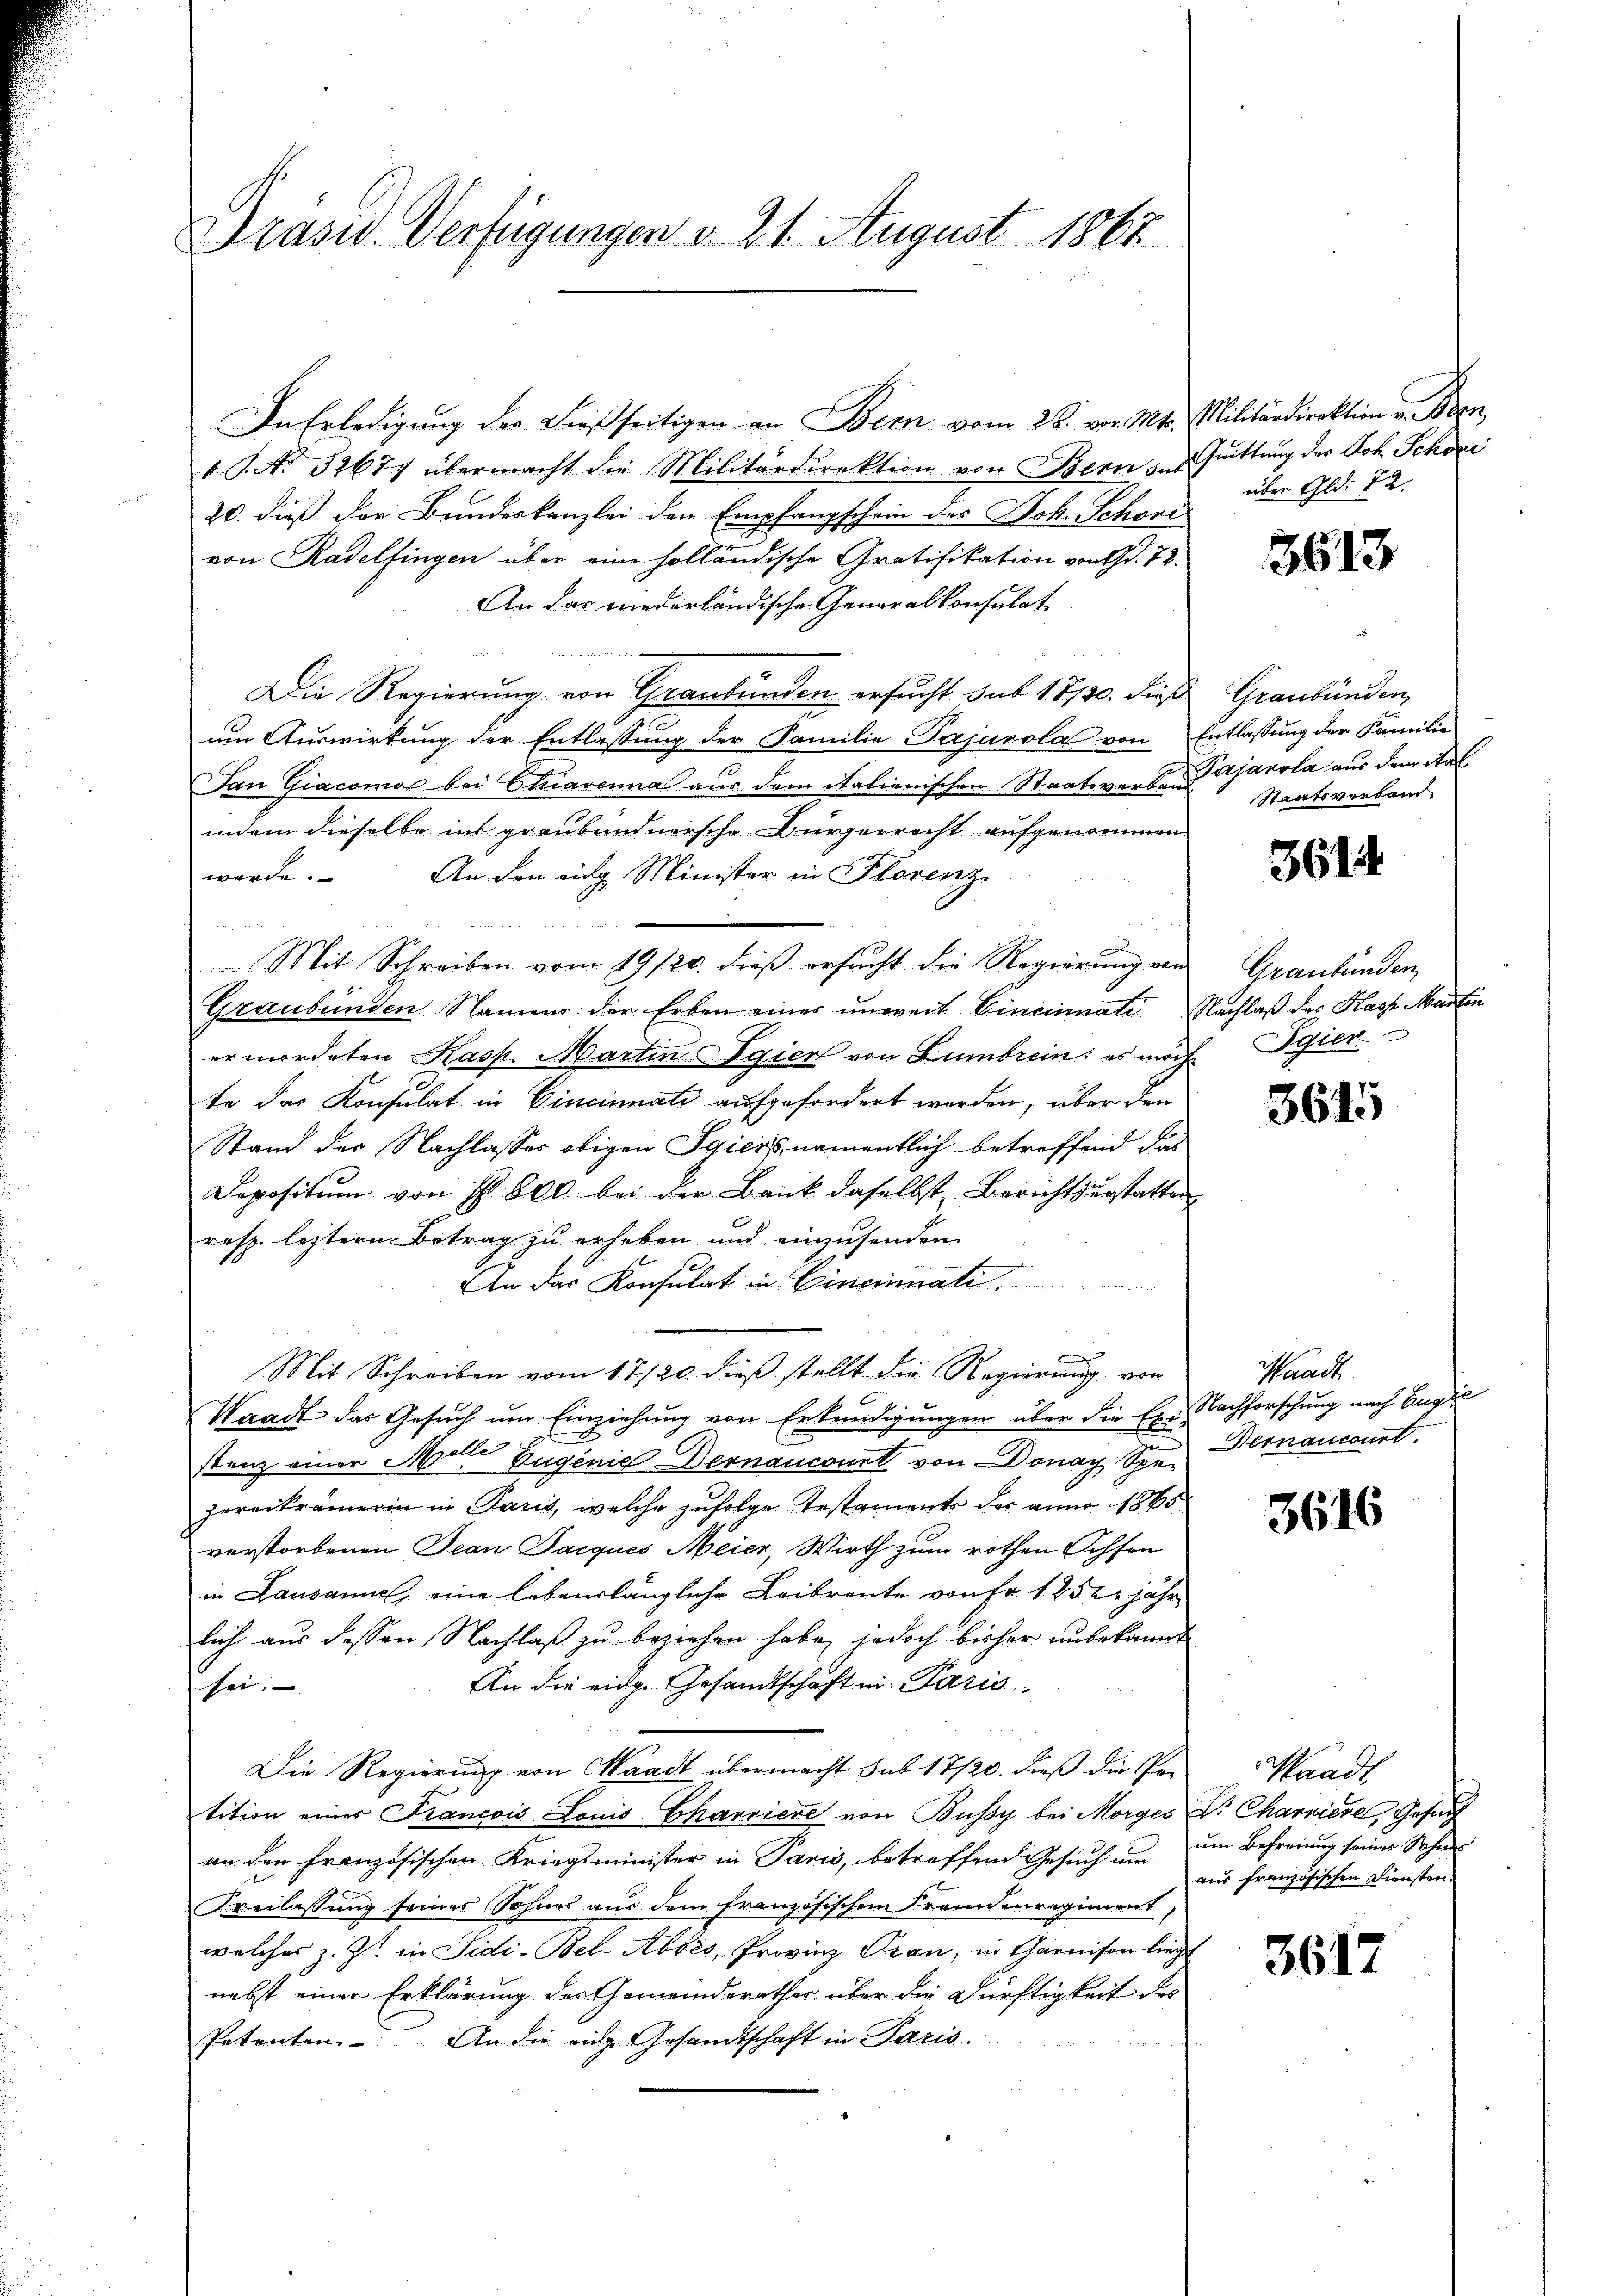
Präsid. Verfügungen v. 21. August 1867

In Erledigung der dießseitigen an Bern vom 28. vor. Mt. Militärdirektion u. Bern,
19. No. 32677 übermacht die Militärdirektion von Bern des Quittung der Joh. Schöne
20. dieß der Bundeskanzlei den Empfangschein des Joh. Schöni
von Radelfingen über eine holländische Gratifikation von d. 72.
An das niederländische Generalkonsulat
Die Regierung von Graubünden ersucht sub 18150. dieß
um Auswirkung der Entlassung der Familie Pajarola von
an Giacomor bei Chiavenna aus dem italienischen Staatsverband
indem dieselbe ins graubündnersche Bürgerrecht aufgenommen
werde. An den eing Minister in Florenz

Mit Schreiben vom 19/20. dieß ersucht die Regierung von
Graubünden Namens der Erben eines unweit Eineinnali Nachlaß der Kasp. Martin
ermordeten Kasp. Martin gier von Lumbrein: es nach Egier
te das Konsulat in Cincinnati aufgefordert werden, über den
Stand der Nachlasses obigen Sgiers, namentlich betreffend das
Depositum von Ist 800 bei der Bank daselbst Berichtserstatten
resp. leztern Betrag zu erheben und einzusenden
An das Konsulat in Cincinali

enen
e
Mit Schreiben vom 17/20. dieß stellt die Regierung von
Waadt das Gesuch um Einziehung von Erkundigungen über die Er. Nachforschung nach Engel
stanz einer Man Eugenie Dernancourt von Donay Spezureickrämerin in Paris, welche zufolge Testament der anno 1865
verstorbenen Jean Jacques Meier, Wirth zum rothen Ochsen
in Lausannel, eine lebenslängliche Leibrente von Fr. 1252 jährlich aus dessen Nachlaß zu beziehen habe, jedoch bisher unbekannt
An die eidg. Gesandtschaft in Paris
sei.

Die Regierung von Waadt übermacht sub 17/20. dieß die Pe-
tition eines Francois Louis Charriere von Bussy bei Morges Dr. Charviere, Gesuch
an den Französischen Kriegsminister in Paris, betreffend Gesuch um
Freilassung seines Sohnes aus dem französischen Fremdenregiment,
welches z. Z. in Fidi-Bel-Abbes, Provinz Frau, in Garnison liegt
nebst einer Erklärung des Gemeinderathes über die Dürftigkeit des
Potenten. An die eige Gesandtschaft in Paris.

über Gld. 22.

3613

Graubünden
Entlassung der Familie
Pejanola aus dem Stal
Staatsverband

3614

Graubünden,

3615

Waadt
Dernancourt

3616

Waadt
um Befreiung seines Schens
aus französischen Diensten.

3617